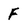
Character: F